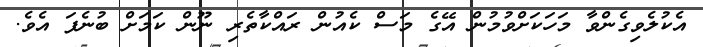
އެކުލެވިގެންވާ މަހަކަށްވުމުން އޭގެ މަސް ކެއުން ރައްކާތެރި ނޫން ކަމަށް ބުނެފަ އެެވެ.